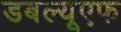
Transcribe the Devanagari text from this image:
डबल्यूएफ